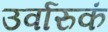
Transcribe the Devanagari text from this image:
उर्वारुकं